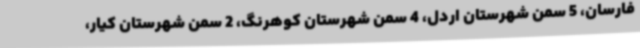
فارسان، 5 سمن شهرستان اردل، 4 سمن شهرستان کوهرنگ، 2 سمن شهرستان کیار،